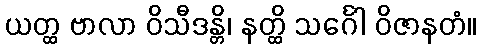
ယတ္ထ ဗာလာ ဝိသီဒန္တိ၊ နတ္ထိ သင်္ဂေါ ဝိဇာနတံ။